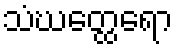
သံဃတ္ထေရော